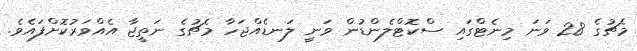
މެޗުގެ 28 ވަނަ މިނެޓްގައި ސްކޮޓްލެންޑުން ވަނީ ލަނޑެއްޖަހާ މެޗުގެ ނަތީޖާ އެއްވަރުކޮށްފައެވެ.